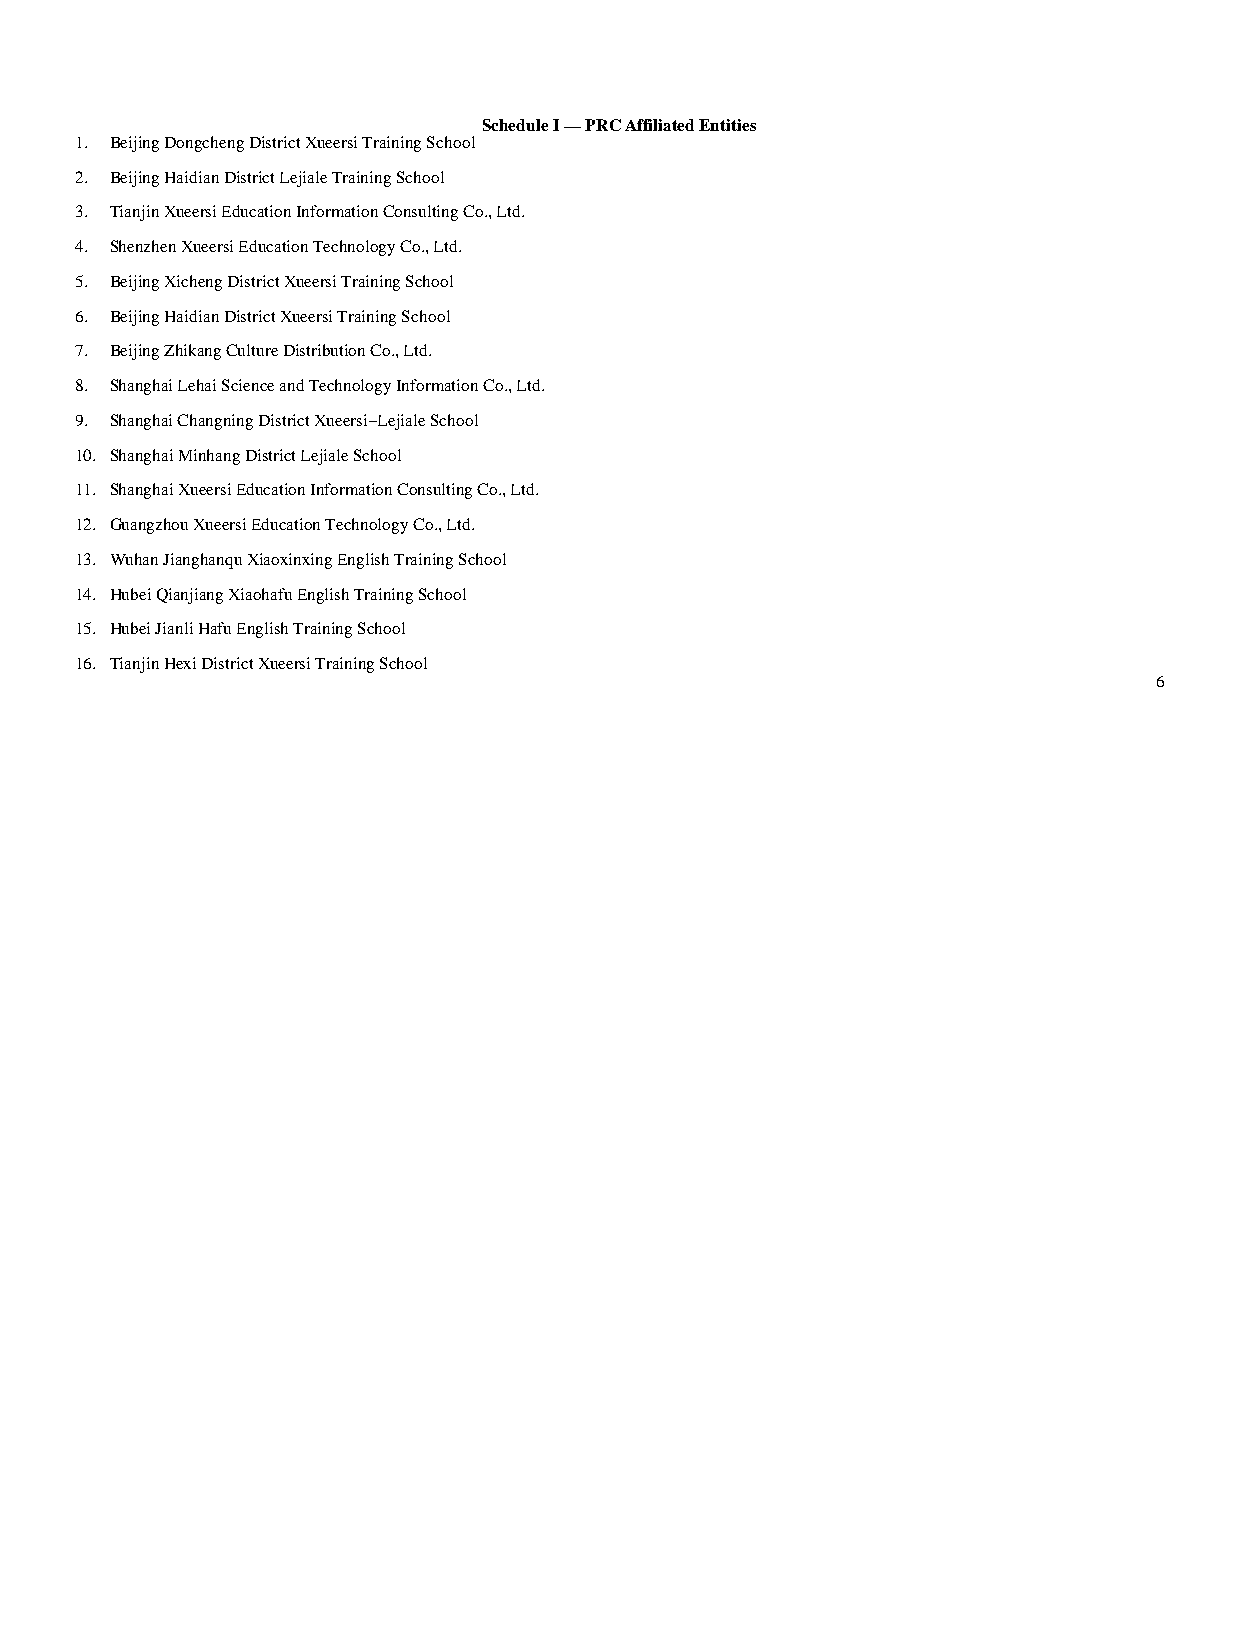
Schedule I — PRC Affiliated Entities
 1. Beijing Dongcheng District Xueersi Training School
 2. Beijing Haidian District Lejiale Training School
 3. Tianjin Xueersi Education Information Consulting Co., Ltd.
 4. Shenzhen Xueersi Education Technology Co., Ltd.
 5. Beijing Xicheng District Xueersi Training School
 6. Beijing Haidian District Xueersi Training School
 7. Beijing Zhikang Culture Distribution Co., Ltd.
 8. Shanghai Lehai Science and Technology Information Co., Ltd.
 9. Shanghai Changning District Xueersi−Lejiale School
 10. Shanghai Minhang District Lejiale School
 11. Shanghai Xueersi Education Information Consulting Co., Ltd.
 12. Guangzhou Xueersi Education Technology Co., Ltd.
 13. Wuhan Jianghanqu Xiaoxinxing English Training School
 14. Hubei Qianjiang Xiaohafu English Training School
 15. Hubei Jianli Hafu English Training School
 16. Tianjin Hexi District Xueersi Training School
 6